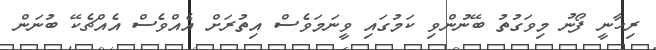
ރިހާނީ ފޯނު މިވަގުތު ބޭނުންވި ކަމުގައި ވީނަމަވެސް އިތުރަށް އެއްވެސް އެއްޗެކޭ ބުނަން